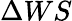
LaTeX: \Delta WS